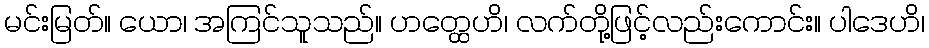
မင်းမြတ်။ ယော၊ အကြင်သူသည်။ ဟတ္ထေဟိ၊ လက်တို့ဖြင့်လည်းကောင်း။ ပါဒေဟိ၊